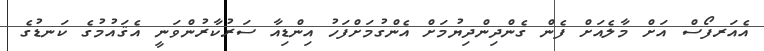
އެއަރފޯސް އަށް މާލެއަށް ފެން ގެންދިންދިޔުމަށް އެންގުމަށްފަހު އިންޑިއާ ސަރުކާރުންވަނީ އެޤައުމުގެ ކަނޑުގެ